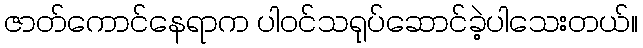
ဇာတ်ကောင်နေရာက ပါဝင်သရုပ်ဆောင်ခဲ့ပါသေးတယ်။